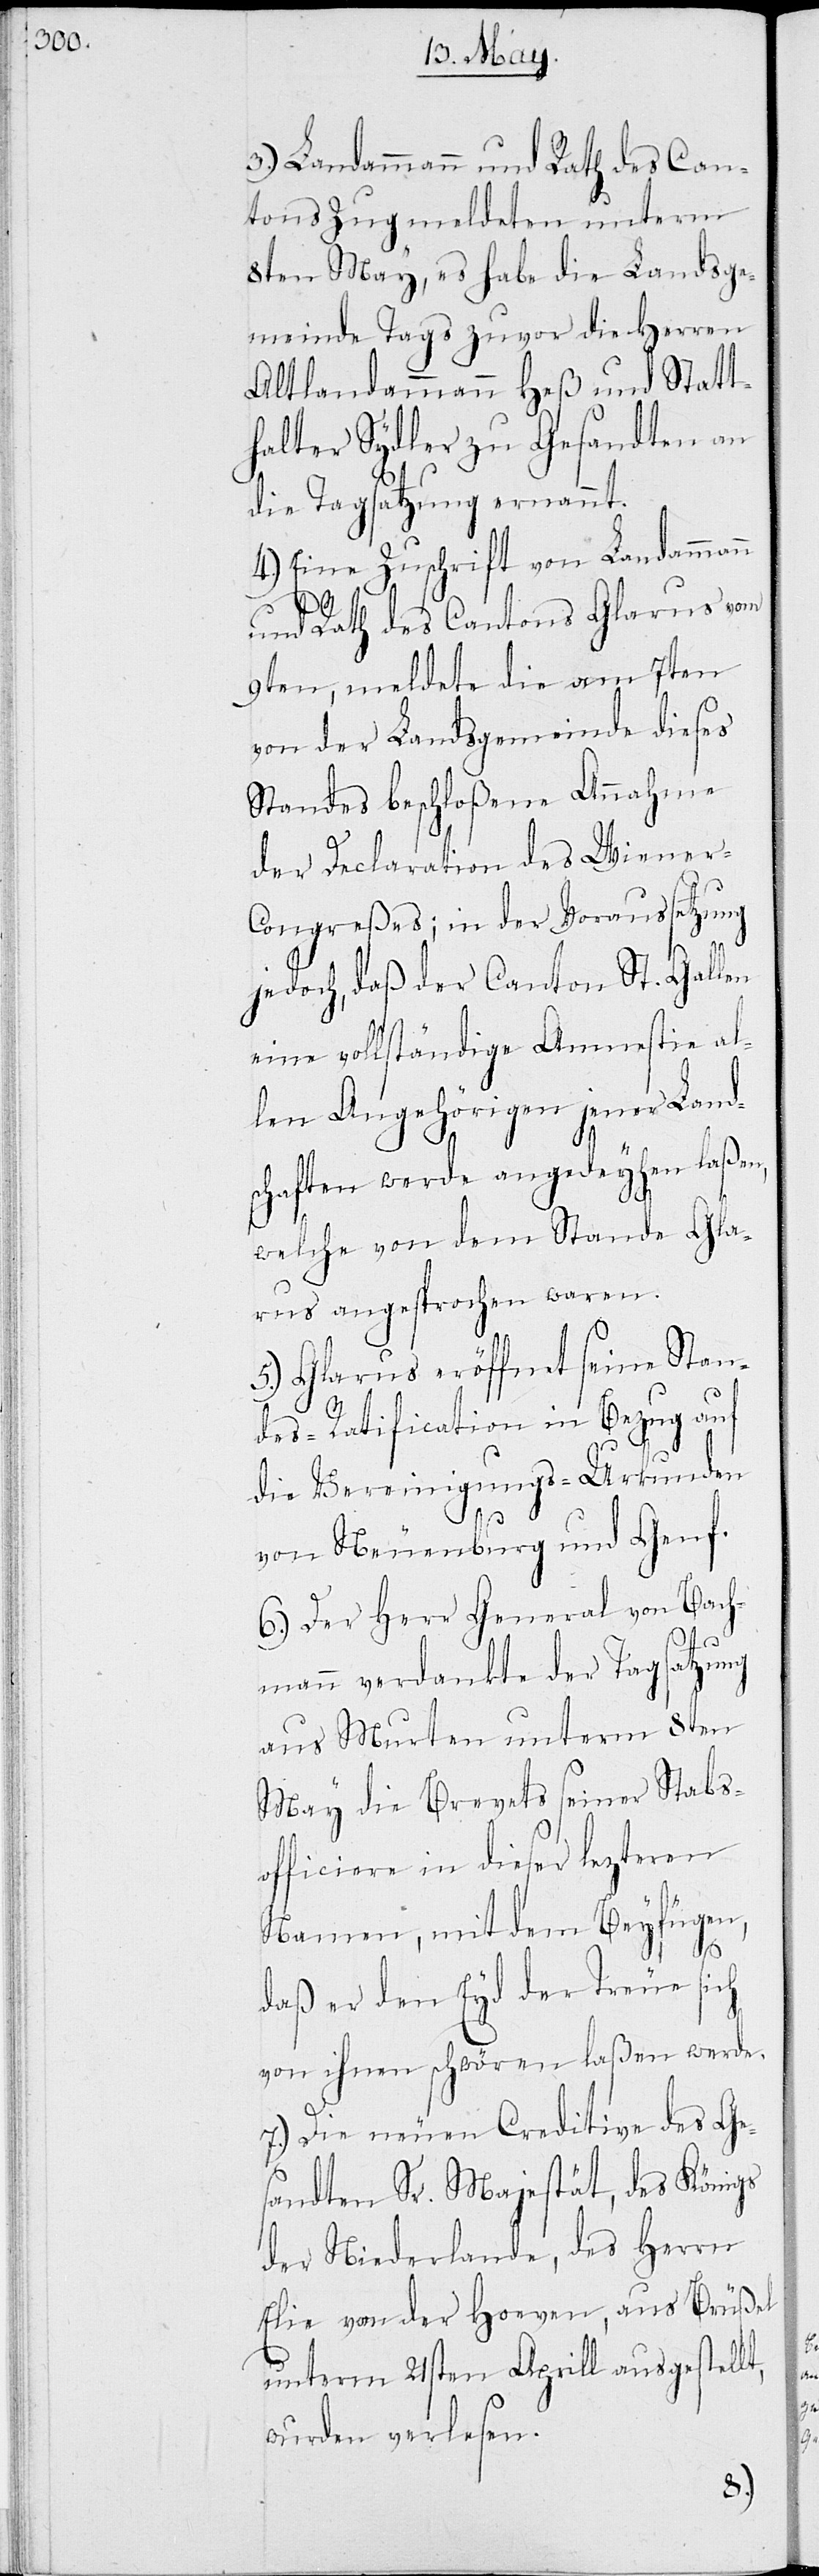
3.) Landammann und Rath des Can¬
tons Zug meldeten unterm
8ten May, es habe die Landsge¬
meinde Tags zuvor die Herren
Altlandammann Heß und Statt¬
halter Sydler zu Gesandten an
die Tagsatzung ernannt.
4.) Eine Zuschrift von Landammann
und Rath des Cantons Glarus vom
9ten, meldete die vom 7ten
von der Landsgemeinde dieses
Standes beschloßene Annahme
der Declaration des Wiener-C¬
ongreßes; in der Voraussetzung
jedoch, daß der Canton St. Gallen
eine vollständige Amnestie al¬
len Angehörigen jener Land¬
schaften werde angedeyhen laßen,
welche von dem Stande Gla¬
rus angesprochen waren.
5.) Glarus eröffnet seine Stan¬
desratification in Bezug auf
die Vereinigungs-Urkunden
von Neuenburg und Genf.
6.) Der Herr General von Bach¬
mann verdankte der Tagsatzung
aus Murten unterm 8ten
May die Brevets seiner Staabs¬
officiere in dieser lezteren
Namen, mit dem Beyfügen,
daß er den Eyd der Treue sich
von ihnen schwören laßen werde.
7.) Die neuen Creditive des Ge¬
sandten Sr. Majestät, des Königs
der Niederlande, des Herrn
Elie van der Hoeven, aus Brüßel
unterm 21sten Aprill ausgestellt,
wurden verlesen.